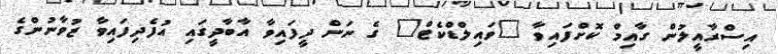
އިސްރާއީލުން ގާއިމް ކޮށްފައިވާ "ވައިލްޑްކެޓް" ގެ ނަން ދީފައިވާ އާބާދީގައި އުފެދިފައިވާ ޒުވާނުންގެ